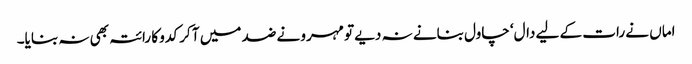
اماں نے رات کے لیے دال‘ چاول بنانے نہ دیے تو مہرو نے ضد میں آ کر کدو کا رائتہ بھی نہ بنایا۔